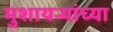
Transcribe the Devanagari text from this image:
मुशायऱ्यांच्या